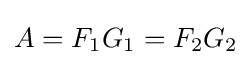
{\textstyle A=F_{1}G_{1}=F_{2}G_{2}}